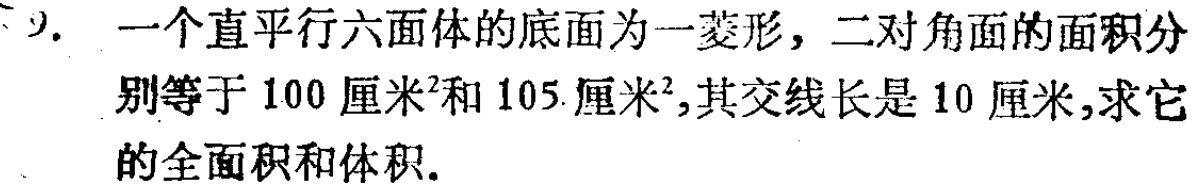
一个直平行六面体的底面为一菱形，二对角面的面积分别等于 100 厘米²和 105 厘米²，其交线长是 10 厘米，求它的全面积和体积.